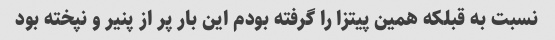
نسبت به قبلکه همین پیتزا را گرفته بودم این بار پر از پنیر و نپخته بود